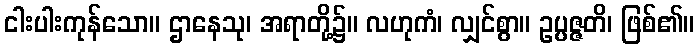
ငါးပါးကုန်သော။ ဌာနေသု၊ အရာတို့၌။ လဟုကံ၊ လျှင်စွာ။ ဥပ္ပဇ္ဇတိ၊ ဖြစ်၏။